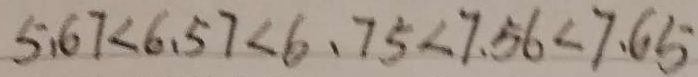
5 . 6 7 < 6 . 5 7 < 6 . 7 5 < 7 . 5 6 < 7 . 6 5